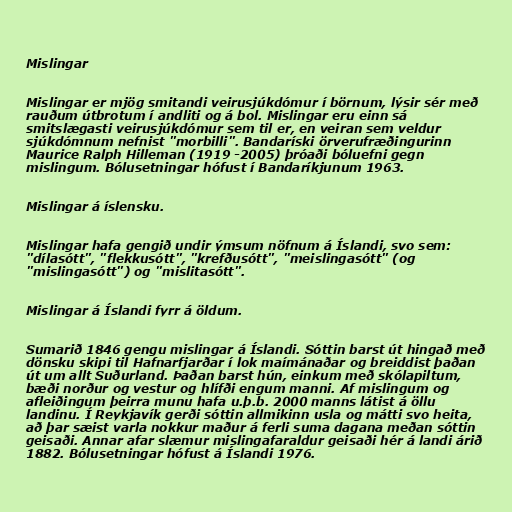
Mislingar

Mislingar er mjög smitandi veirusjúkdómur í börnum, lýsir sér með
rauðum útbrotum í andliti og á bol. Mislingar eru einn sá
smitslægasti veirusjúkdómur sem til er, en veiran sem veldur
sjúkdómnum nefnist "morbilli". Bandaríski örverufræðingurinn
Maurice Ralph Hilleman (1919 -2005) þróaði bóluefni gegn
mislingum. Bólusetningar hófust í Bandaríkjunum 1963.

Mislingar á íslensku.

Mislingar hafa gengið undir ýmsum nöfnum á Íslandi, svo sem:
"dílasótt", "flekkusótt", "krefðusótt", "meislingasótt" (og
"mislingasótt") og "mislitasótt".

Mislingar á Íslandi fyrr á öldum.

Sumarið 1846 gengu mislingar á Íslandi. Sóttin barst út hingað með
dönsku skipi til Hafnarfjarðar í lok maímánaðar og breiddist þaðan
út um allt Suðurland. Þaðan barst hún, einkum með skólapiltum,
bæði norður og vestur og hlífði engum manni. Af mislingum og
afleiðingum þeirra munu hafa u.þ.b. 2000 manns látist á öllu
landinu. Í Reykjavík gerði sóttin allmikinn usla og mátti svo heita,
að þar sæist varla nokkur maður á ferli suma dagana meðan sóttin
geisaði. Annar afar slæmur mislingafaraldur geisaði hér á landi árið
1882. Bólusetningar hófust á Íslandi 1976.